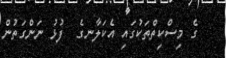
ގެ މިސްކިތްތަކުގައި އެކަލާނގެ  ފުޅު ނަންގަތުން